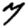
Digit: 7